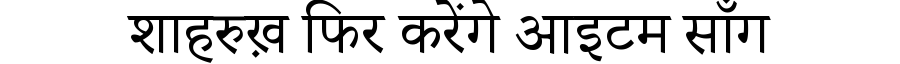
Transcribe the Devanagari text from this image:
शाहरुख़ फिर करेंगे आइटम सॉंग